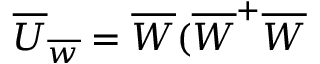
\overline { { { U } } } _ { \overline { { { w } } } } = \overline { { { W } } } ( \overline { { { W } } } ^ { + } \overline { { { W } } }